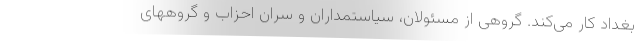
بغداد کار می‌کند. گروهی از مسئولان، سیاستمداران و سران احزاب و گروههای